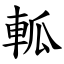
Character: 軱